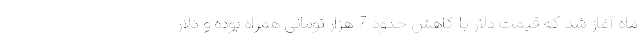
ماه آغاز شد که قیمت دلار با کاهش حدود 7 هزار تومانی همراه بوده و دلار